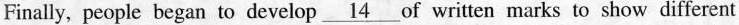
Finally, people began to develop \underline{14} of written marks to show different